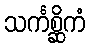
သင်္ကစ္ဆိကံ